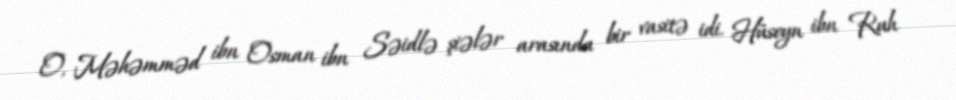
O, Məhəmməd ibn Osman ibn Səidlə şiələr arasında bir vasitə idi. Hüseyn ibn Ruh